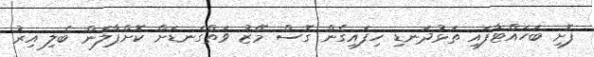
ފޮށި ބަހައްޓާފައި ތަޅުދަނޑި ހިފައިގެން ގޮސް މޭޒު ވަތްގަނޑަށް ކޮށްޕާލަން ބެލި އިރު